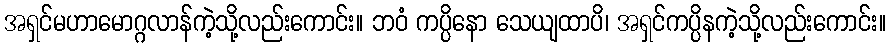
အရှင်မဟာမောဂ္ဂလာန်ကဲ့သို့လည်းကောင်း။ ဘဝံ ကပ္ပိနော သေယျထာပိ၊ အရှင်ကပ္ပိနကဲ့သို့လည်းကောင်း။